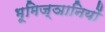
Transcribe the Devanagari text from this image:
भूमिज्ञानियों